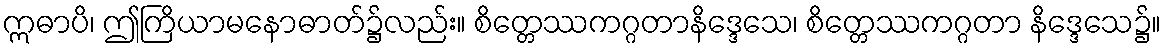
ဣဓာပိ၊ ဤကြိယာမနောဓာတ်၌လည်း။ စိတ္တေဿကဂ္ဂတာနိဒ္ဒေသေ၊ စိတ္တေဿကဂ္ဂတာ နိဒ္ဒေသေ၌။